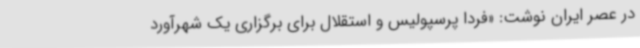
در عصر ایران نوشت: «فردا پرسپولیس و استقلال برای برگزاری یک شهرآورد